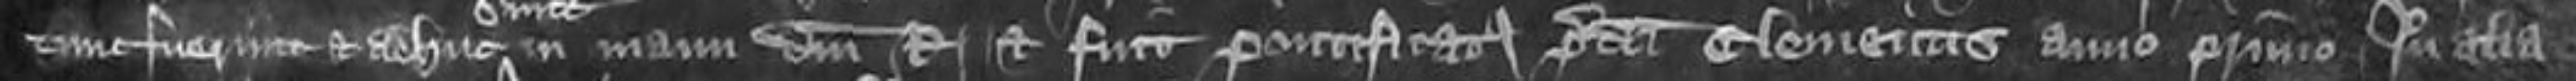
tunc fuerunt et adhuc in manu domini Regis et fuit pontificatorum predicti Clementis anno primo Item alia